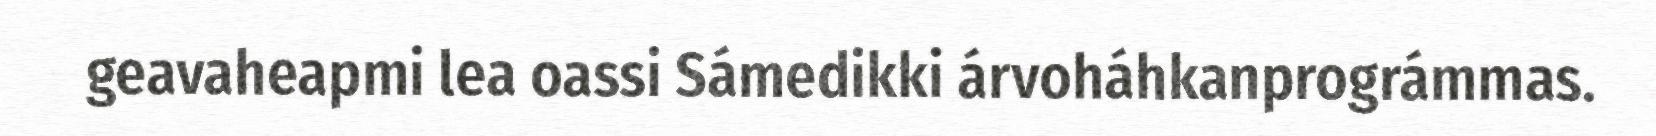
geavaheapmi lea oassi Sámedikki árvoháhkanprográmmas.